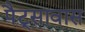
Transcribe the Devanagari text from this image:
पैट्सावास